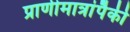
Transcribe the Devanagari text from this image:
प्राणीमात्रांपैकी